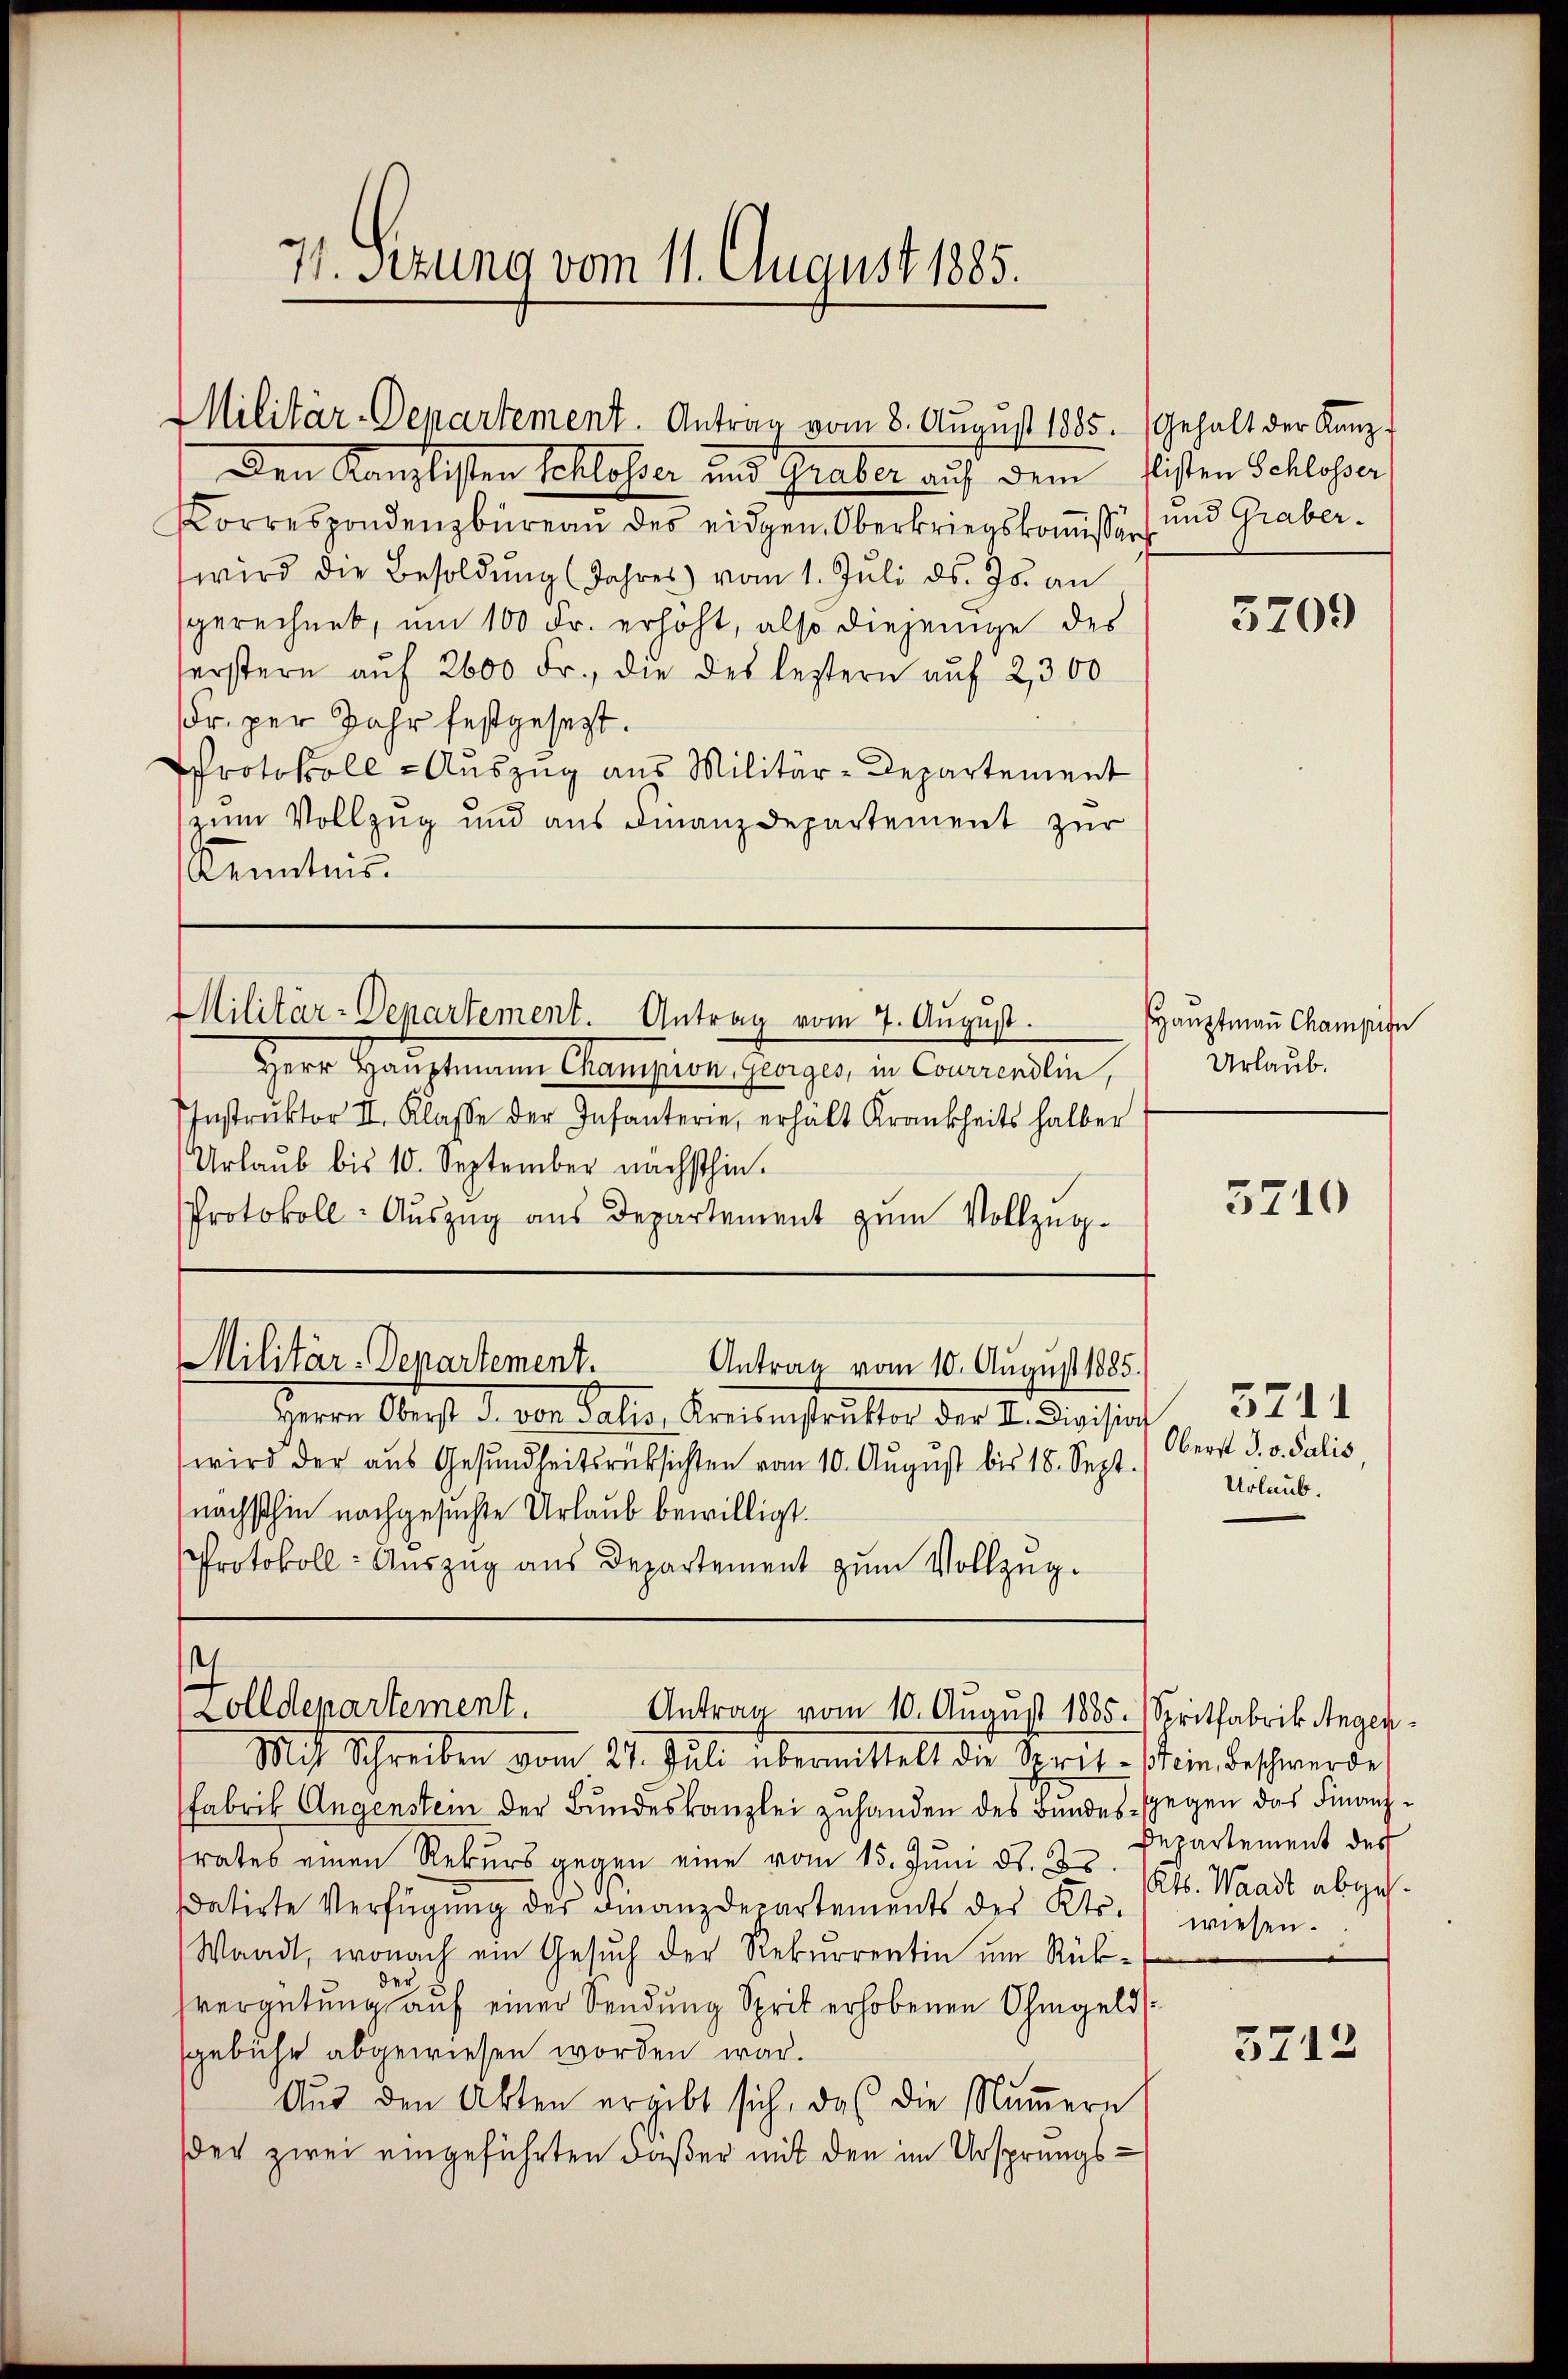
71. Setzung vom 11. Chraust 1885.

Militär-Departement. Antrag vom 8. August 1885. Gehalt der Kanz¬

Den Kanzlisten Schlosser und Graber auf dem sisten Schlosser
Korrespondenzbüreau des eidgen. Oberkriegskomissin und Graberwird die Besoldŭng (Jahres) vom 1. Jŭli d. Js. an
gerechnet, um 100 Fr. erhöht, also diejenige des
serstern aŭf 2600 Fr., die des leztern aŭf 2,300
Fr. per Jahr festgesezt.
Protokoll-Auszug aus Militär-Departement
zum Vollzug und aus Finanzdepartement zur
Kenntnis.

3209

Militär-Departement. Antrag vom 7. August.

EHauptmann Champign
Urlaub.

Herr Hauptmann Camision. Georges, in Conerendlin,
IInstrŭktor II. Klasse der Infanterie, erhält Krankheits halber
Urlaub bis 10. September nächsthin.
Protokoll-Auszug aus Departement zum Vollzug¬

5710

Militär-Departement.
Antrag vom 10. August 1885.

Herrn Oberst d. von Salis Kreisinstrŭktor der II. Divisirt
wird der aus Gesundheitsrücksichten vom 10. Aŭgŭst bis 18. Sept.
nächsthin nachgesuchte Urlaub bewilligt.
Protokoll- Auszug aus Departement zum Vollzug.

3711
Oberst J. v. Salis
Urlaub.

.
Colldepartement.
Antrag vom 10. August 1885. Seritfabrik Angen¬

Departement des

Mit Schreiben vom 27. Juli übermittelt die Sprit - Stein Beschwerde
Fabrik Augenstein der Bundeskanzlei zuhanden des Bundes- Gegen das Finanztrates einen Rekurs gegen eine vom 15. Juni d. Js. (Cts. Waadt abges.
datirte Verfügŭng der Finanzdepartements des Kts. wiesen.
Waadt, wonach ein Gesuch der Rekurrentin um Rükder
vergütung auf einer Sendung Sprit erhobenen Ohmgeldsgebühr abgewiesen worden war.
Aus den Akten ergibt sich, daß die Numern
der zwei eingeführten daßer mit den im Ursprungs¬

5712